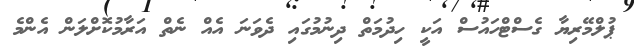
ޕުލްމޭރިޔާ ގެސްޓްހައުސް އަކީ ހިދުމަތް ދިނުމުގައި ދެވަނަ އެއް ނެތް އަރާމުކޮށްލަން އެންމެ